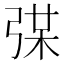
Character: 𢏼